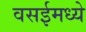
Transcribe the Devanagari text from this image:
वसईमध्ये